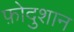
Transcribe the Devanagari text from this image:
फ़ोदुशान